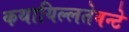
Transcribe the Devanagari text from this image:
कथायिल्‍लतेवन्‍टे